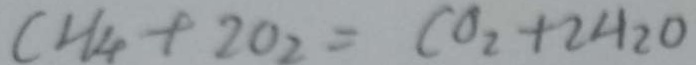
C H _ { 4 } + 2 0 _ { 2 } = C O _ { 2 } + 2 H _ { 2 } O